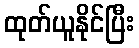
ထုတ်ယူနိုင်ပြီး